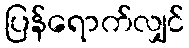
ပြန်ရောက်လျှင်